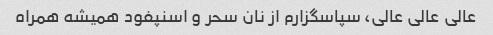
عالی عالی عالی، سپاسگزارم از نان سحر و اسنپفود همیشه همراه